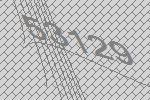
53129